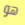
هو